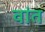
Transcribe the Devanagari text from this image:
वांत